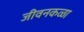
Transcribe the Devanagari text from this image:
जीवनकळा